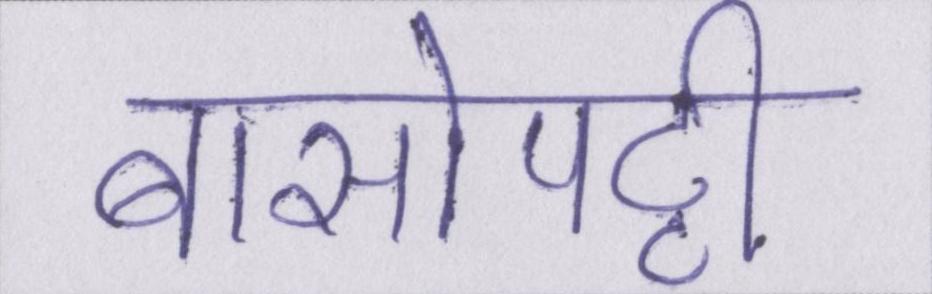
बासोपट्टी